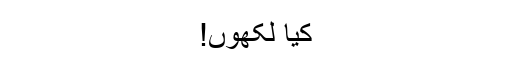
کیا لکھوں!